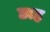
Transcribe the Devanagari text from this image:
छाह